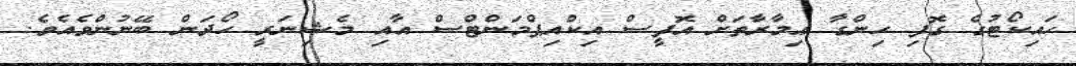
ހައިކޯޓުގެ ގޮފި ހިންގާ ޢިމާރާތަށް އޮފީސް އިކްއިޕްމަންޓްސް އާއި މެޝިނަރީ ހޯދަން ބޭނުންވެއެވެ.